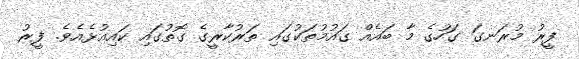
ފީރު މުރަނގަ ގަހުގެ މާ ބައެއް ގައުމުތަކުގައި ތަރުކާރީގެ ގޮތުގައި ކައިއުޅެއެވެ. ފީރު